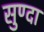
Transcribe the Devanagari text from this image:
सुण्दा